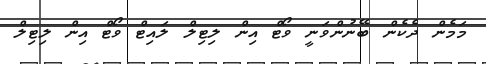
މަމެން ދެކެން ބޭނުންވަނީ ވޯޓް އިން ލިޓިލް ލައިޓް ވޯޓް އިން ލިޓިލް